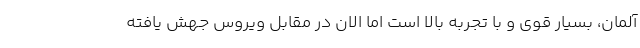
آلمان، بسیار قوی و با تجربه بالا است اما الان در مقابل ویروس جهش یافته